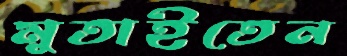
মুতাইতেন